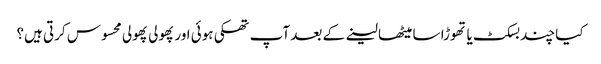
کیا چند بسکٹ یا تھوڑا سا میٹھا لینے کے بعد آپ تھکی ہوئی اور پھولی پھولی محسوس کرتی ہیں؟